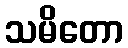
သမိတော